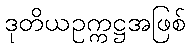
ဒုတိယဥက္ကဋ္ဌအဖြစ်